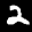
Label: 2